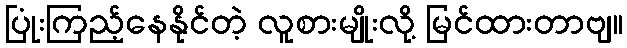
ပြုံးကြည့်နေနိုင်တဲ့ လူစားမျိုးလို့ မြင်ထားတာဗျ။